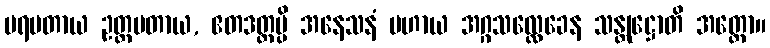
ပရမတာယ ဥတ္တမတာယ, ဧတဒတ္ထမ္ပိ အနေသနံ ပဟာယ အဂ္ဂသလ္လေခေန သန္တုဋ္ဌောတိ အတ္ထော။